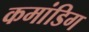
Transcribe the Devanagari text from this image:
कमांडिग